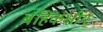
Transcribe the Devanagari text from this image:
बहिकक्षीय